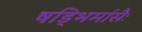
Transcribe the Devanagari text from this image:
षड्भिर्मासैः